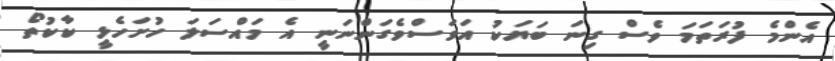
އެންމެ ފުރަތަމަ ވެސް ގިނަ ބަޔަކު އަވަސްވެގަންނަނީ އެ މައްސަލަ ހުށަހެޅީ ކާކުތޯ